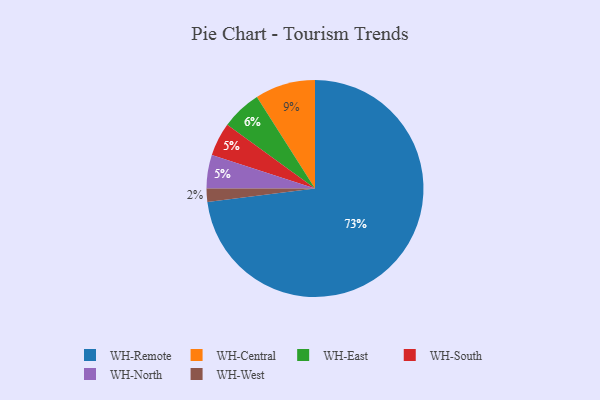
{"axis": {"x": "Category", "y": "Percentage"}, "legend": ["WH-Central", "WH-East", "WH-North", "WH-Remote", "WH-South", "WH-West"], "data": [{"x": "WH-Remote", "y": 73, "type": "WH-Remote"}, {"x": "WH-South", "y": 5, "type": "WH-South"}, {"x": "WH-North", "y": 5, "type": "WH-North"}, {"x": "WH-East", "y": 6, "type": "WH-East"}, {"x": "WH-West", "y": 2, "type": "WH-West"}, {"x": "WH-Central", "y": 9, "type": "WH-Central"}]}